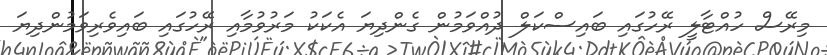
މިރޭސް ހުއްޓާލީ ރޭހުގައި ބައިސްކަލް ދުއްވަމުން ގެންދިޔަ އެކަކު މަރުވުމާއި ރޭހުގައި ބައިވެރިވަމުންދިޔަ